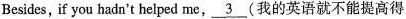
Besides, if you hadn't helped me,_\underline{3}(我的英语就不能提高得